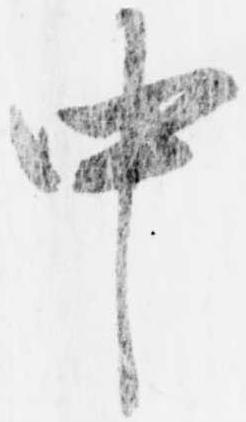
中